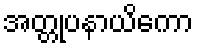
အတ္တုပနာယိကော